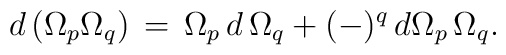
d\,(\Omega_p \Omega_q)\,=\,\Omega_p\,d\, \Omega_q  +(-)^q\,d\Omega_p\, \Omega_q.